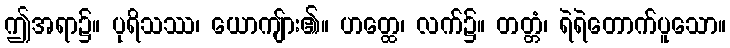
ဤအရာ၌။ ပုရိသဿ၊ ယောကျ်ား၏။ ဟတ္ထေ၊ လက်၌။ တတ္တံ၊ ရဲရဲတောက်ပူသော။